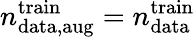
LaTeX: n_{\mathrm{data,aug}}^{\mathrm{train}}=n_{\mathrm{data}}^{\mathrm{train}}